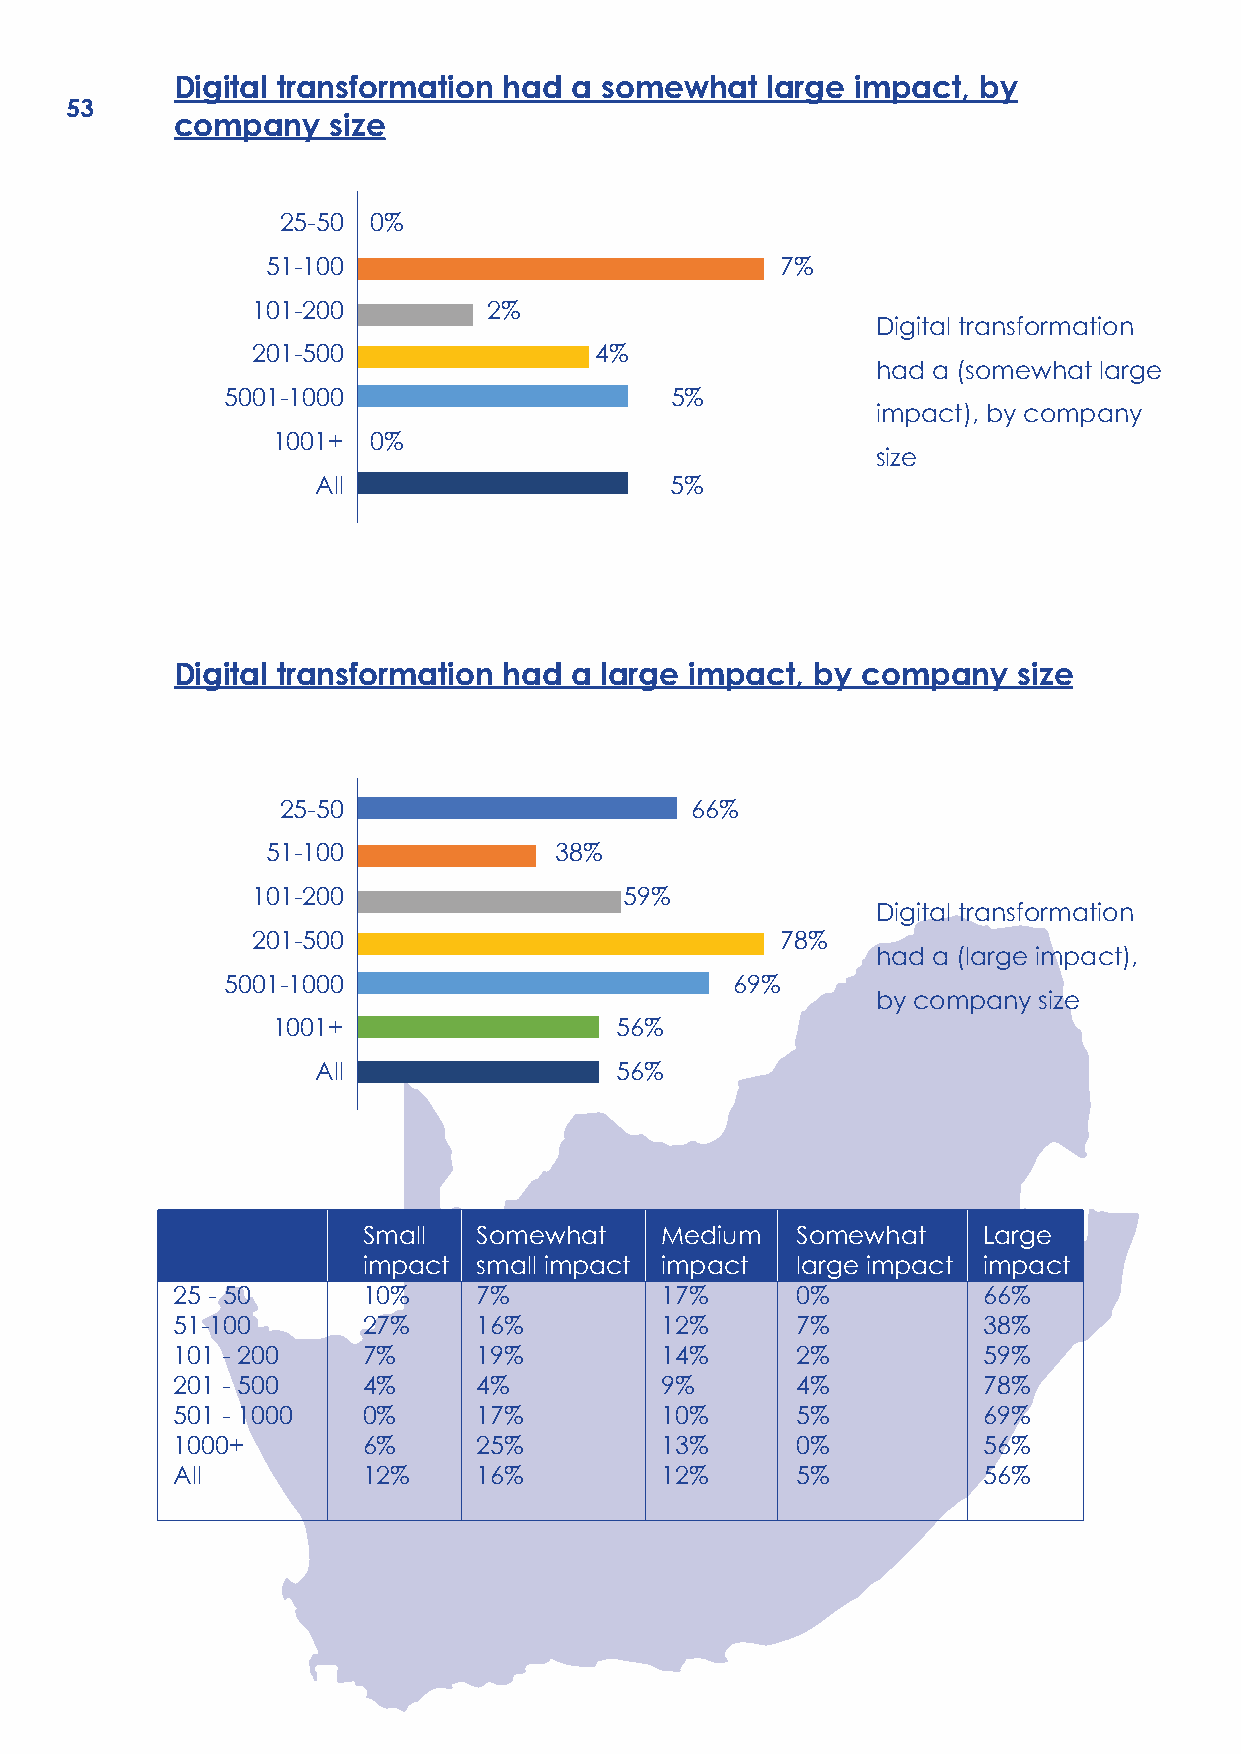
Digital transformation had a somewhat   large impact, by
 53
 company    size
 25-50 0%
 51-100                            7%
 101-200        2%
 Digital transformation
 201-500               4%                              100%
 had a (somewhat large
 5001-1000                    5%
 impact), by company
 1001+  0%
 size
 All                    5%
 Digital transformation had a large impact, by company   size
 25-50                      66%
 51-100             38%
 101-200                 59%
 Digital transformation
 201-500                            78%                100%
 had a (large impact),
 5001-1000                        69%
 by company size
 1001+                  56%
 All                 56%
 Small   Somewhat    Medium   Somewhat    Large
 impact  small impact impact  large impact impact
 25 - 50      10%     7%          17%      0%          66%
 51-100       27%     16%         12%      7%          38%
 101 - 200    7%      19%         14%      2%          59%
 201 - 500    4%      4%          9%       4%          78%
 501 - 1000   0%      17%         10%      5%          69%
 1000+        6%      25%         13%      0%          56%
 All          12%     16%         12%      5%          56%